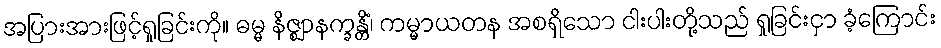
အပြားအားဖြင့်ရှုခြင်းကို။ ဓမ္မ နိဇ္ဈာနက္ခန္တိံ၊ ကမ္မာယတန အစရှိသော ငါးပါးတို့သည် ရှုခြင်းငှာ ခံ့ကြောင်း